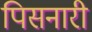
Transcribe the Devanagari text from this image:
पिसनारी